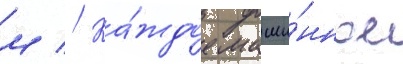
м // Ка́ждое маши́нное